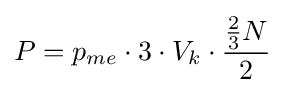
P=p_{me}\cdot 3\cdot V_{k}\cdot {{2 \over 3}N \over 2}